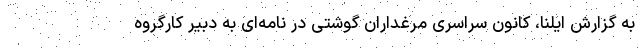
به گزارش ایلنا، کانون سراسری مرغداران گوشتی در نامه‌ای به دبیر کارگروه